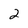
Character: 2